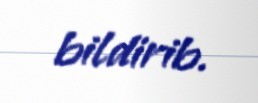
bildirib.